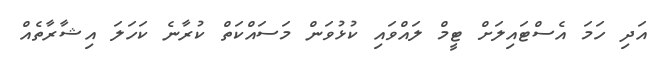
އަދި ހަމަ އެސްޓައިލަށް ޓީމް ލައްވައި ކުޅުވަން މަސައްކަތް ކުރާނެ ކަހަލަ އިޝާރާތެއް